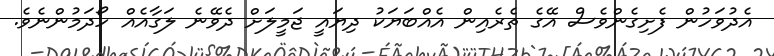
އެދުވަހުން ފެށިގެންވެސް އޭގެ ތެރެއިން އެއްބަޔަކު ދިޔައީ ޖަމީލަށް ދެވޭނެ ލަގާއެއް ހޯދަމުންނެވެ.